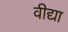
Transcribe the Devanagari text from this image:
वीद्या